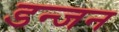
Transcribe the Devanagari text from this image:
डन्जन